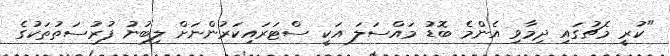
"ކުރީ މެޗުގައި ދިމާވި އެންމެ ބޮޑު މައްސަލަ އަކީ ސްޓަރައިކަރުންނަށް ލިބުނު ފުރުސަތުތަކުގެ